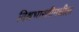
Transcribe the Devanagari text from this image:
विश्वभारतीमधील